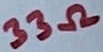
Text: 33Ω